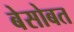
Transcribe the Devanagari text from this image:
बेसोबत